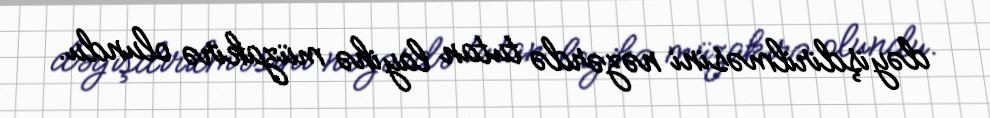
dəyişdirilməsini nəzərdə tutan layihə müzakirə olundu.